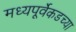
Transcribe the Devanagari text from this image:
मध्यपूर्वेकडच्या